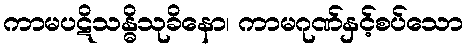
ကာမပဋိသန္ဓိသုခိနော၊ ကာမဂုဏ်နှင့်စပ်သော